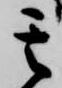
其